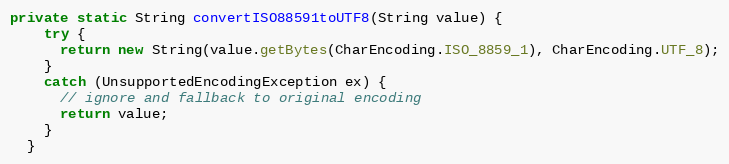
Language: Java
private static String convertISO88591toUTF8(String value) {
    try {
      return new String(value.getBytes(CharEncoding.ISO_8859_1), CharEncoding.UTF_8);
    }
    catch (UnsupportedEncodingException ex) {
      // ignore and fallback to original encoding
      return value;
    }
  }